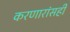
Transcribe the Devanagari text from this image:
करणारांसही